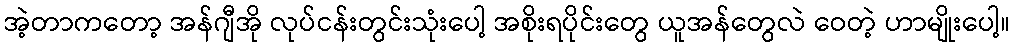
အဲ့တာကတော့ အန်ဂျီအို လုပ်ငန်းတွင်းသုံးပေါ့ အစိုးရပိုင်းတွေ ယူအန်တွေလဲ ဝေတဲ့ ဟာမျိုးပေါ့။